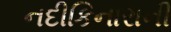
નદીકિનારાની